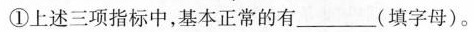
①上述三项指标中，基本正常的有_____(填字母)。